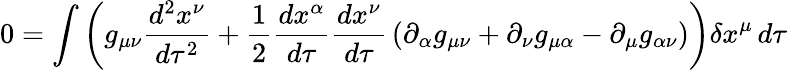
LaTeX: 0=\int\left(g_{\mu\nu}{\frac{d^{2}x^{\nu}}{d\tau^{2}}}+{\frac{1}{2}}{\frac{dx^{\alpha}}{d\tau}}{\frac{dx^{\nu}}{d\tau}}\left(\partial_{\alpha}g_{\mu\nu}+\partial_{\nu}g_{\mu\alpha}-\partial_{\mu}g_{\alpha\nu}\right)\right)\delta x^{\mu}\, d\tau